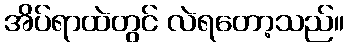
အိပ်ရာထဲတွင် လဲရတော့သည်။